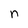
Character: n